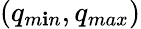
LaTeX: (q_{m\mathbf{i}n},q_{max})